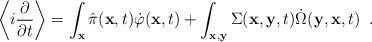
LaTeX: \begin{align*}\left \langle i \frac{\partial}{\partial t} \right \rangle =\int_{\bf x} \hat\pi({\bf x}, t) \dot\varphi({\bf x}, t)+ \int_{\bf x,y} \Sigma({\bf x}, {\bf y}, t) \dot\Omega({\bf y}, {\bf x}, t) \;\;.\end{align*}